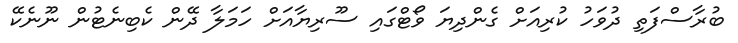
ބުރާސްފަތި ދުވަހު ކުރިއަށް ގެންދިޔަ ވޯޓްގައި ސޫރިޔާއަށް ހަމަލާ ދޭން ކެބިނެޓުން ނޫނެކޭ